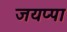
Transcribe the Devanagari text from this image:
जयप्पा